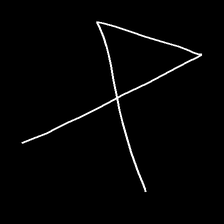
Glyph: collection